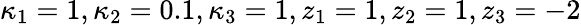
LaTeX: \kappa_{1}=1,\kappa_{2}=0.1,\kappa_{3}=1,z_{1}=1,z_{2}=1,z_{3}=-2